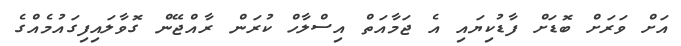
އަށް ވަރަށް ބޮޑަށް ފާޑުކިޔައި އެ ޖަމާއަތް އިސްލާހް ކުރަން ރާއްޖޭން ގޮވާލައިފިގައުމެއްގެ